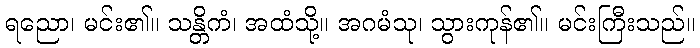
ရညော၊ မင်း၏။ သန္တိကံ၊ အထံသို့။ အဂမံသု၊ သွားကုန်၏။ မင်းကြီးသည်။